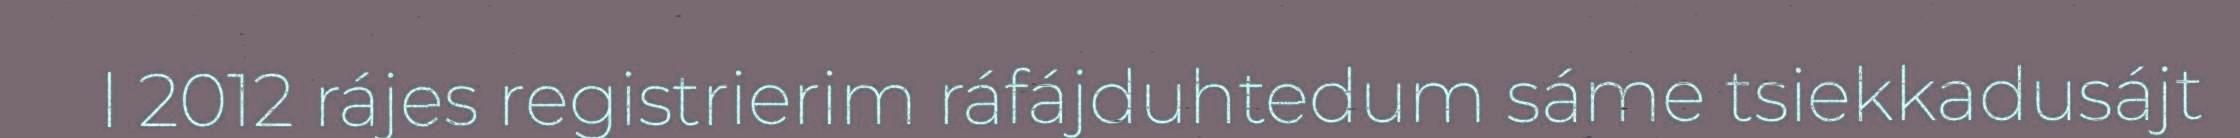
l 2012 rájes registrierim ráfájduhtedum sáme tsiekkadusájt